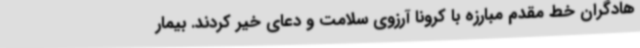
هادگران خط مقدم مبارزه با کرونا آرزوی سلامت و دعای خیر کردند. بیمار